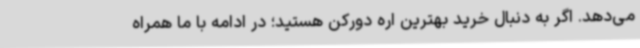
می‌دهد. اگر به دنبال خرید بهترین اره دورکن هستید؛ در ادامه با ما همراه